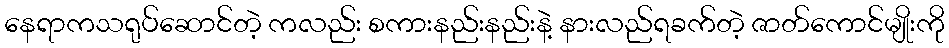
နေရာကသရုပ်ဆောင်တဲ့ ကလည်း စကားနည်းနည်းနဲ့ နားလည်ရခက်တဲ့ ဇာတ်ကောင်မျိုးကို